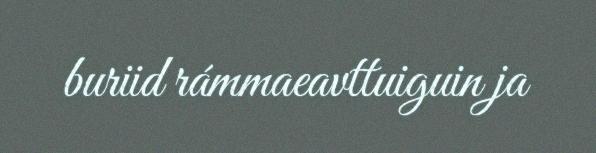
buriid rámmaeavttuiguin ja